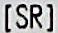
[SR]